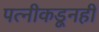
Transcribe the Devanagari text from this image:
पत्‍नीकडूनही